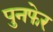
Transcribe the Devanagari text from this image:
पुनफेर